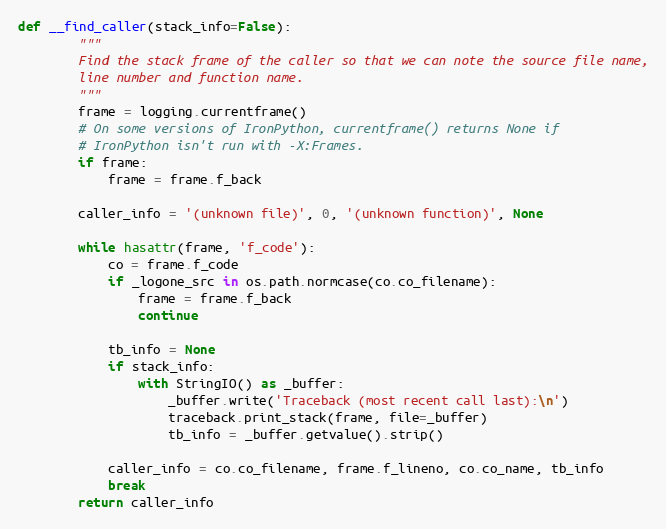
Language: Python
def __find_caller(stack_info=False):
        """
        Find the stack frame of the caller so that we can note the source file name,
        line number and function name.
        """
        frame = logging.currentframe()
        # On some versions of IronPython, currentframe() returns None if
        # IronPython isn't run with -X:Frames.
        if frame:
            frame = frame.f_back

        caller_info = '(unknown file)', 0, '(unknown function)', None

        while hasattr(frame, 'f_code'):
            co = frame.f_code
            if _logone_src in os.path.normcase(co.co_filename):
                frame = frame.f_back
                continue

            tb_info = None
            if stack_info:
                with StringIO() as _buffer:
                    _buffer.write('Traceback (most recent call last):\n')
                    traceback.print_stack(frame, file=_buffer)
                    tb_info = _buffer.getvalue().strip()

            caller_info = co.co_filename, frame.f_lineno, co.co_name, tb_info
            break
        return caller_info